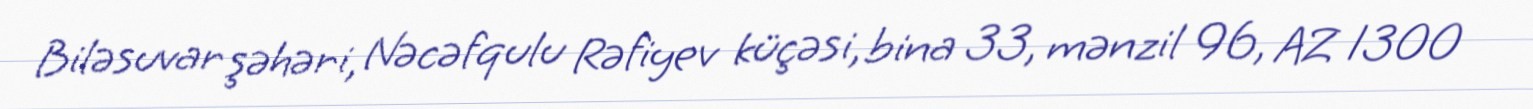
Biləsuvar şəhəri, Nəcəfqulu Rəfiyev küçəsi, bina 33, mənzil 96, AZ 1300